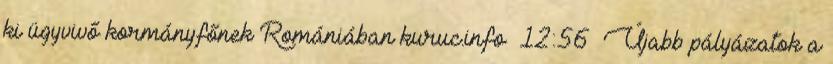
ki ügyvivő kormányfőnek Romániában kuruc.info 12:56 Újabb pályázatok a